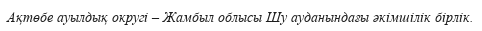
Ақтөбе ауылдық округі – Жамбыл облысы Шу ауданындағы әкімшілік бірлік.